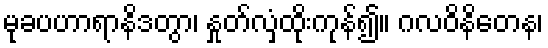
မုခပဟာရာနိဒတွာ၊ နှုတ်လှံထိုးကုန်၍။ ဂလဝိနိတေန၊